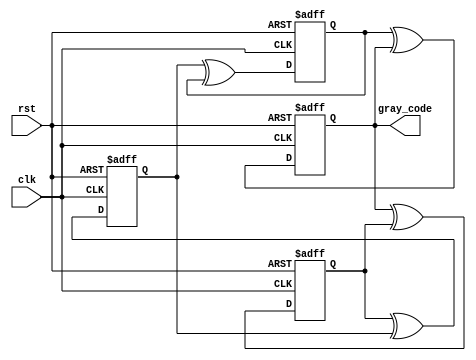
module johnson_gray_counter(
  input wire clk, // Clock input
  input wire rst, // Reset input
  
  output reg [3:0] gray_code // Output Gray code sequence
);

reg [3:0] q0, q1, q2, q3; // Flip-flops for the Johnson Gray counter

always @ (posedge clk or posedge rst) begin
  if (rst) begin
    q0 <= 1'b0;
    q1 <= 1'b0;
    q2 <= 1'b0;
    q3 <= 1'b1;
  end else begin
    q0 <= q3 ^ q0;
    q1 <= q0 ^ q1;
    q2 <= q1 ^ q2;
    q3 <= q2 ^ q3;
  end
end

assign gray_code = {q3, q2, q1, q0}; // Output Gray code sequence

endmodule